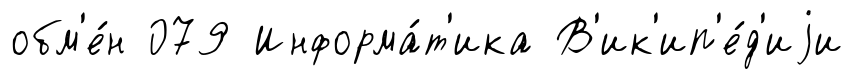
обм'е́н 079 Информа́т'ика В'ик'ип'е́д'иjи